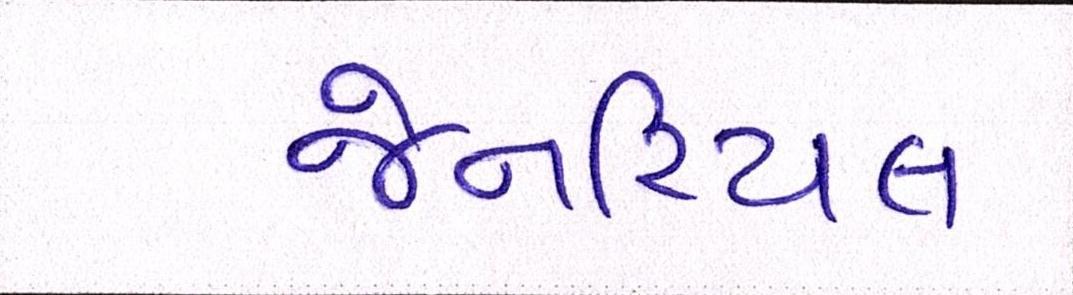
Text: જેનરિયલ